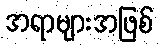
အရာများအဖြစ်